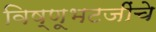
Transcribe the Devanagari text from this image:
विष्णूभटजींचे